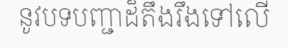
នូវបទបញ្ជាដ៏តឹងរឹងទៅលើ